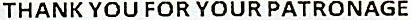
THANK YOU FOR YOUR PATRONAGE